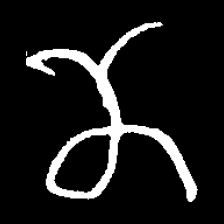
Pyu character \u2014 Myanmar letter: ဏ (romanized: nna)